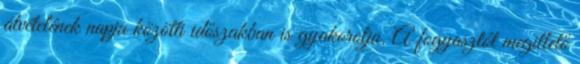
átvételének napja közötti időszakban is gyakorolja. A fogyasztót megillető